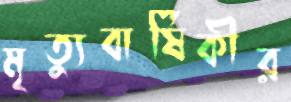
মৃত্যুবার্ষিকীর